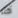
أكثر